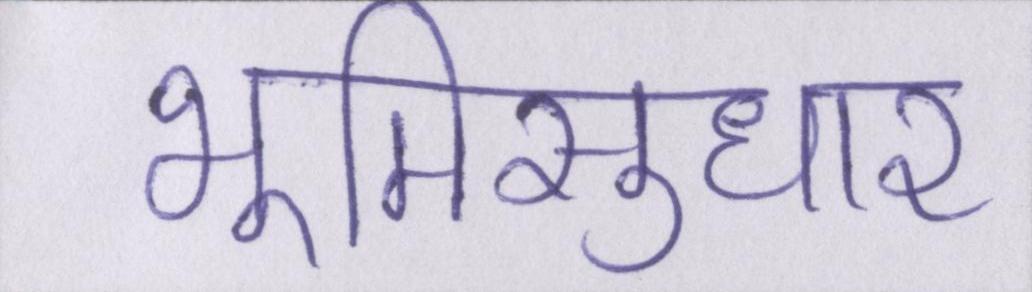
भूमिसुधार